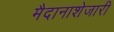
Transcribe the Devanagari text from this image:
मैदानाशेजारी